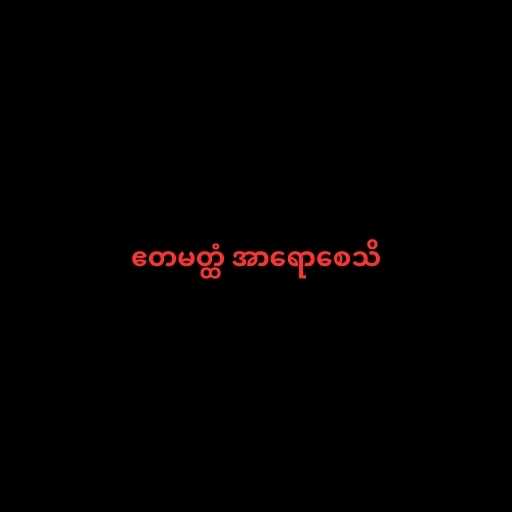
ဧတမတ္ထံ အာရောစေသိ